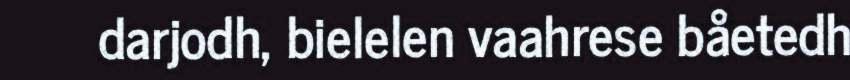
darjodh, bielelen vaahrese båetedh